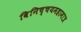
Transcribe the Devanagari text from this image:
विनिच्चयमहामात्र